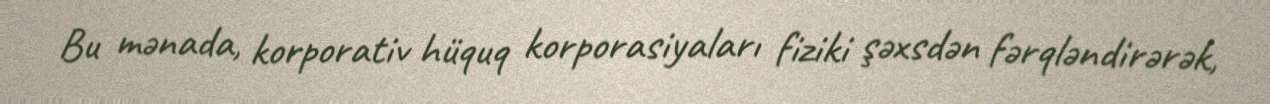
Bu mənada, korporativ hüquq korporasiyaları fiziki şəxsdən fərqləndirərək,